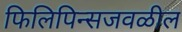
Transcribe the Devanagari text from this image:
फिलिपिन्सजवळील